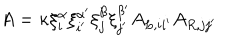
A = \kappa \xi _ { i } ^ { \alpha } \xi _ { i ^ { \prime } } ^ { \alpha ^ { \prime } } \xi _ { j } ^ { \beta } \xi _ { j ^ { \prime } } ^ { \beta ^ { \prime } } A _ { L , i i ^ { \prime } } A _ { R , j j ^ { \prime } }